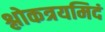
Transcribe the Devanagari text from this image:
श्लोकत्रयमिदं